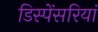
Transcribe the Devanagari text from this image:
डिस्पेंसरियां